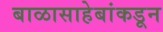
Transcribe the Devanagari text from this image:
बाळासाहेबांकडून